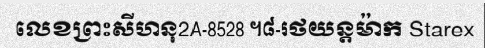
លេខព្រះសីហនុ2A-8528 ។៨-រថយន្តម៉ាក Starex